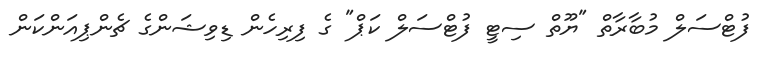
ފުޓްސަލް މުބާރާތް "ޔޫތް ސިޓީ ފުޓްސަލް ކަޕް" ގެ ފިރިހެން ޑިވިޝަންގެ ޗެންޕިއަންކަން